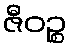
ဇီဝဉ္စ